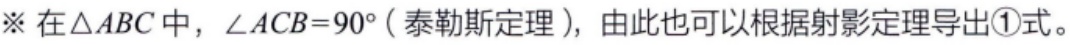
※ 在\(\triangle ABC\)中，\(\angle ACB = 90^{\circ}\)（泰勒斯定理），由此也可以根据射影定理导出\textcircled{1}式。